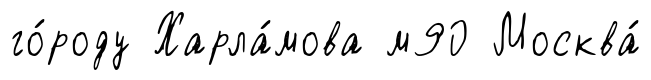
го́роду Харла́мова м90 Москва́